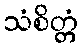
သံစိတ္တံ